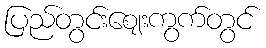
ပြည်တွင်းဈေးကွက်တွင်